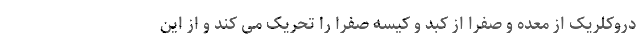
دروکلریک از معده و صفرا از کبد و کیسه صفرا را تحریک می کند و از این